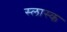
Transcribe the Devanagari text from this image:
स्लास्क